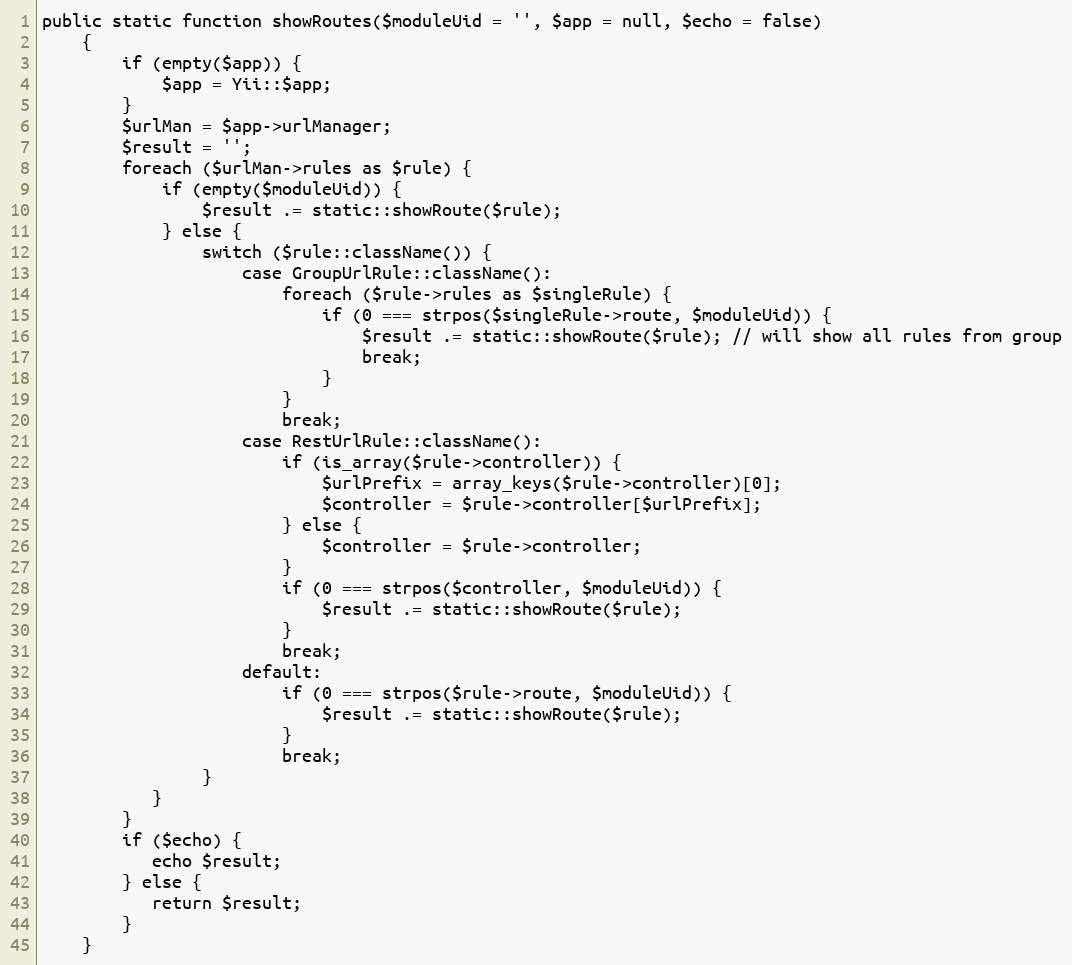
Language: PHP
public static function showRoutes($moduleUid = '', $app = null, $echo = false)
    {
        if (empty($app)) {
            $app = Yii::$app;
        }
        $urlMan = $app->urlManager;
        $result = '';
        foreach ($urlMan->rules as $rule) {
            if (empty($moduleUid)) {
                $result .= static::showRoute($rule);
            } else {
                switch ($rule::className()) {
                    case GroupUrlRule::className():
                        foreach ($rule->rules as $singleRule) {
                            if (0 === strpos($singleRule->route, $moduleUid)) {
                                $result .= static::showRoute($rule); // will show all rules from group
                                break;
                            }
                        }
                        break;
                    case RestUrlRule::className():
                        if (is_array($rule->controller)) {
                            $urlPrefix = array_keys($rule->controller)[0];
                            $controller = $rule->controller[$urlPrefix];
                        } else {
                            $controller = $rule->controller;
                        }
                        if (0 === strpos($controller, $moduleUid)) {
                            $result .= static::showRoute($rule);
                        }
                        break;
                    default:
                        if (0 === strpos($rule->route, $moduleUid)) {
                            $result .= static::showRoute($rule);
                        }
                        break;
                }
           }
        }
        if ($echo) {
           echo $result;
        } else {
           return $result;
        }
    }